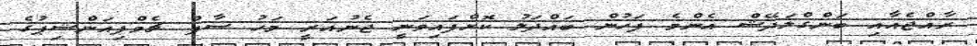
ރާއްޖެއާއި ބަންގްލަދޭޝް އެންމެ ފަހުން ބައްދަލު ކޮށްފައިވަނީ ޖެނުއަރީ މަހު ސާފް ޗެމްޕިއަންޝިޕުގެ